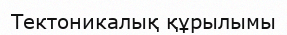
Тектоникалық құрылымы